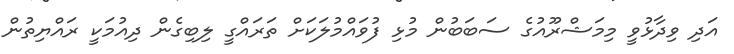
އަދި ވިދާޅުވީ މިމަޝްރޫއުގެ ސަބަބުން މުޅި ފުވައްމުލަކަށް ތަރައްގީ ލިބިގެން ދިއުމަކީ ރައްޔިތުން